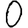
Digit: 0